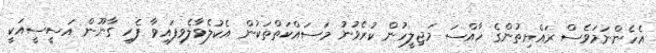
އެހެންނަމަވެސް ރައްޔިތުންގެ ޚާއްސަ މަޖިލީހުން ކުރެވުނު މަސައްކަތްތަކުން އެކުލެވާލެވިފައިވާ ފެހި ގާނޫން އަސީސީއަކީ